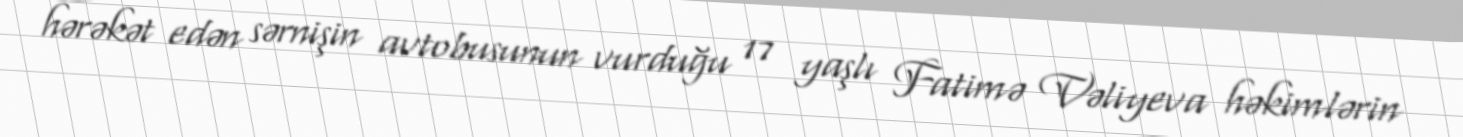
hərəkət edən sərnişin avtobusunun vurduğu 17 yaşlı Fatimə Vəliyeva həkimlərin